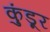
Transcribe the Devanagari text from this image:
कुंडूर